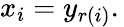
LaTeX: x_{i}=y_{r(i)}.\,